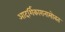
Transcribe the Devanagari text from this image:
आदर्शिकारानासोबत